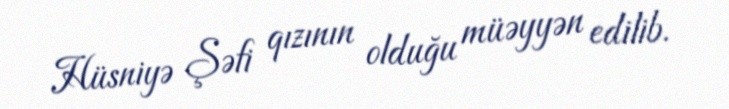
Hüsniyə Şəfi qızının olduğu müəyyən edilib.